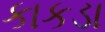
કાકડા